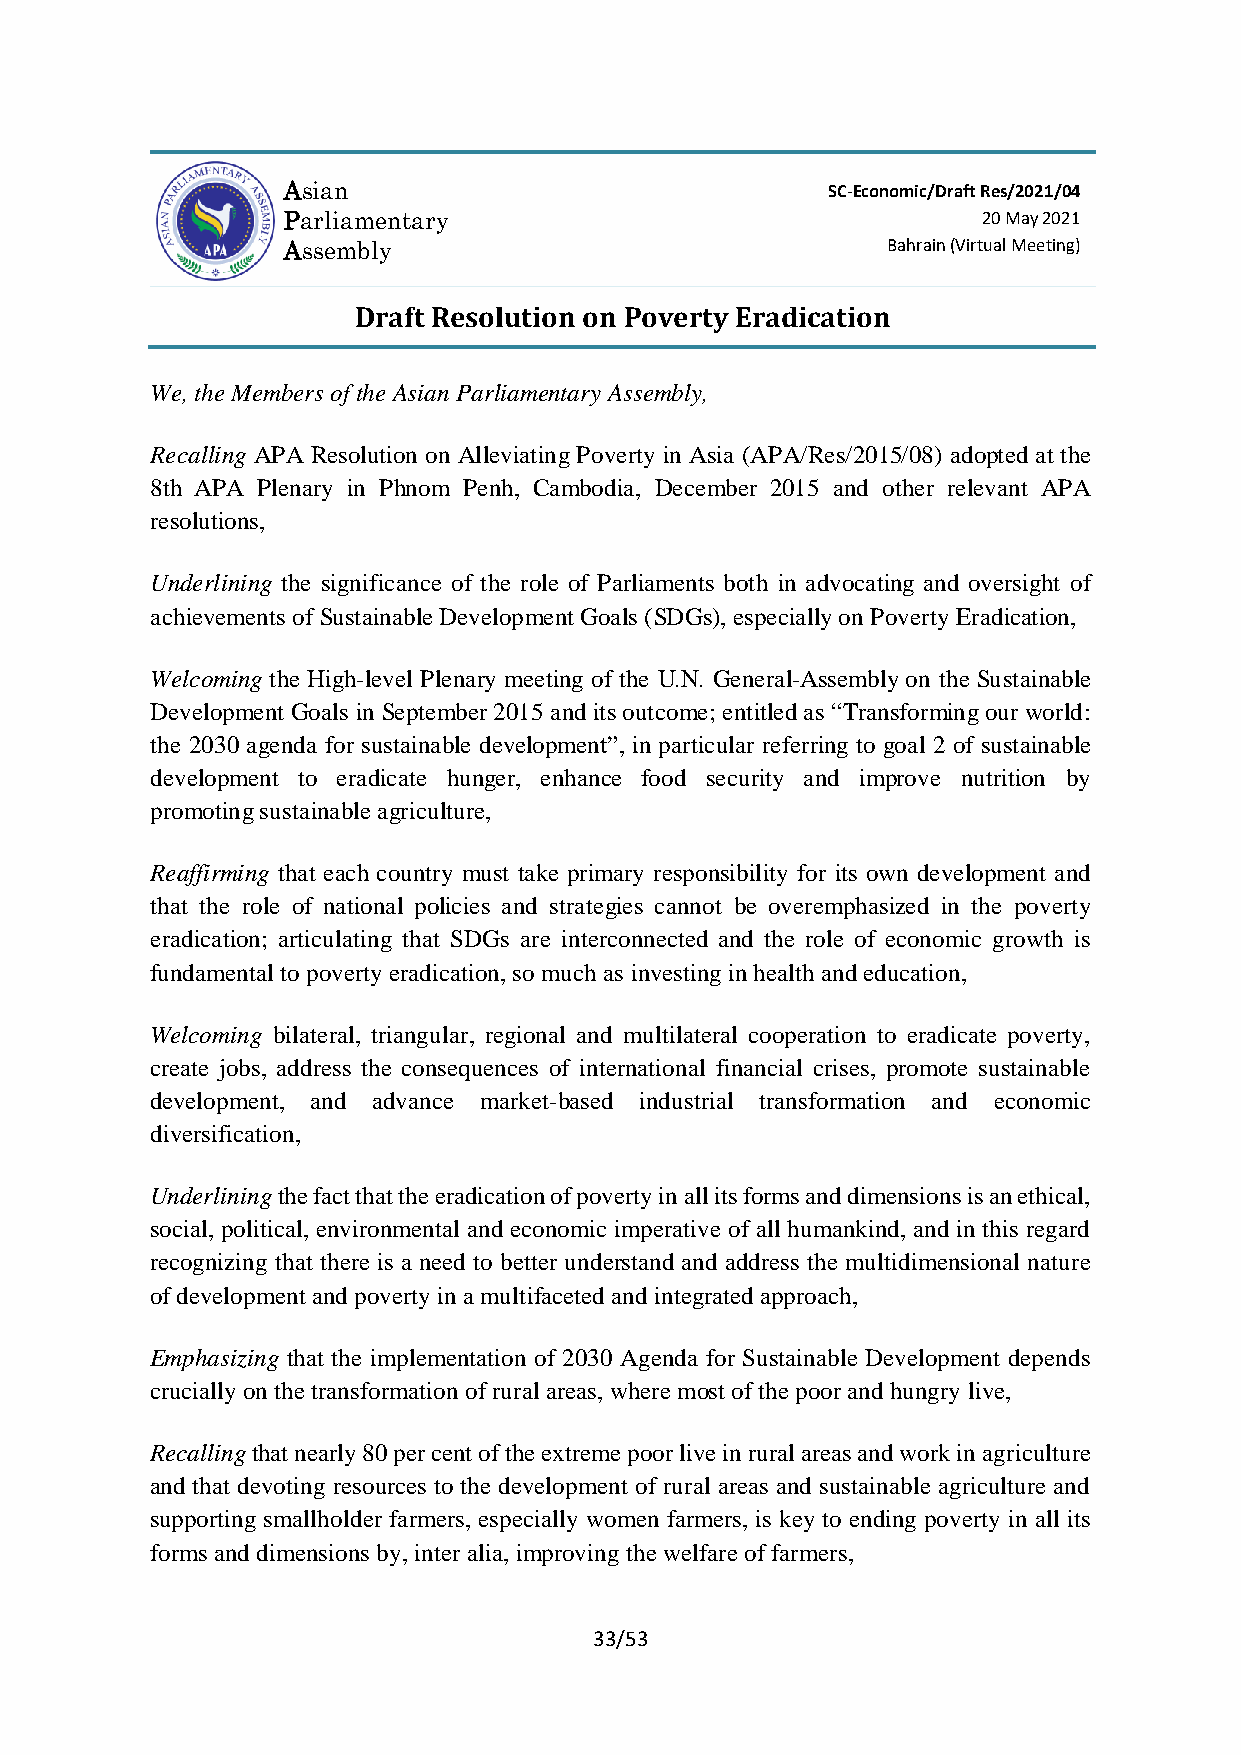
Asian                               SC-Economic/Draft Res/2021/04
 Parliamentary                                 20 May 2021
 Assembly                                Bahrain (Virtual Meeting)
 Draft Resolution on Poverty Eradication
 We, the Members of the Asian Parliamentary Assembly,
 Recalling APA Resolution on Alleviating Poverty in Asia (APA/Res/2015/08) adopted at the
 8th APA Plenary in Phnom Penh, Cambodia, December 2015 and other relevant APA
 resolutions,
 Underlining the significance of the role of Parliaments both in advocating and oversight of
 achievements of Sustainable Development Goals (SDGs), especially on Poverty Eradication,
 Welcoming the High-level Plenary meeting of the U.N. General-Assembly on the Sustainable
 Development Goals in September 2015 and its outcome; entitled as “Transforming our world:
 the 2030 agenda for sustainable development”, in particular referring to goal 2 of sustainable
 development to eradicate hunger, enhance food security and improve nutrition by
 promoting sustainable agriculture,
 Reaffirming that each country must take primary responsibility for its own development and
 that the role of national policies and strategies cannot be overemphasized in the poverty
 eradication; articulating that SDGs are interconnected and the role of economic growth is
 fundamental to poverty eradication, so much as investing in health and education,
 Welcoming bilateral, triangular, regional and multilateral cooperation to eradicate poverty,
 create jobs, address the consequences of international financial crises, promote sustainable
 development, and advance market-based industrial transformation and economic
 diversification,
 Underlining the fact that the eradication of poverty in all its forms and dimensions is an ethical,
 social, political, environmental and economic imperative of all humankind, and in this regard
 recognizing that there is a need to better understand and address the multidimensional nature
 of development and poverty in a multifaceted and integrated approach,
 Emphasizing that the implementation of 2030 Agenda for Sustainable Development depends
 crucially on the transformation of rural areas, where most of the poor and hungry live,
 Recalling that nearly 80 per cent of the extreme poor live in rural areas and work in agriculture
 and that devoting resources to the development of rural areas and sustainable agriculture and
 supporting smallholder farmers, especially women farmers, is key to ending poverty in all its
 forms and dimensions by, inter alia, improving the welfare of farmers,
 33/53